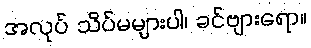
အလုပ် သိပ်မများပါ၊ ခင်ဗျားရော။